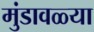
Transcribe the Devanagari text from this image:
मुंडावळ्या